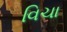
વિચા